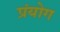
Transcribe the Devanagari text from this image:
प्रंयोग